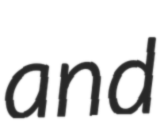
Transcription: and